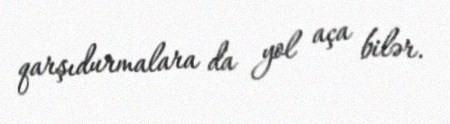
qarşıdurmalara da yol aça bilər.